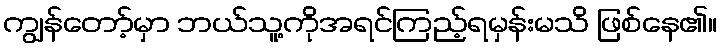
ကျွန်တော့်မှာ ဘယ်သူ့ကိုအရင်ကြည့်ရမှန်းမသိ ဖြစ်နေ၏။